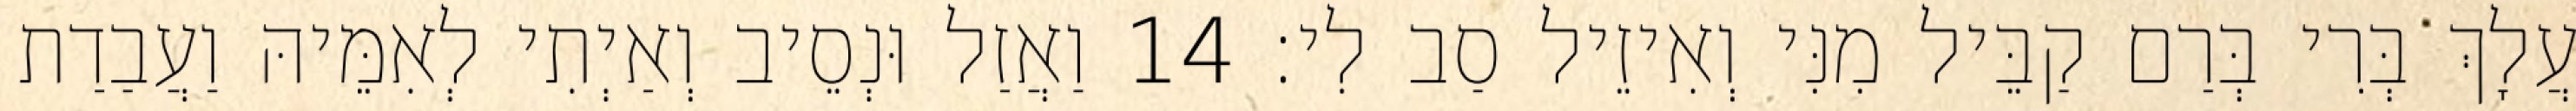
עֲלָךְ בְּרִי בְּרַם קַבֵּיל מִנִּי וְאִיזֵיל סַב לִי׃ 14 וַאֲזַל וּנְסֵיב וְאַיְתִי לְאִמֵּיהּ וַעֲבַדַת